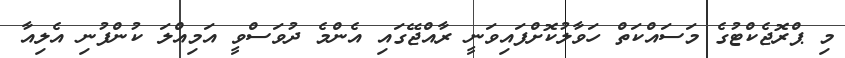
މި ޕްރޮޖެކްޓުގެ މަސައްކަތް ހަވާލުކޮށްފައިވަނީ ރާއްޖޭގައި އެންމެ ދުވަސްވީ އަމިއްލަ ކުންފުނި އެލިއާ